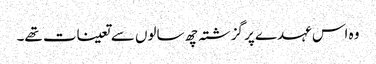
وہ اس عہدے پر گزشتہ چھ سالوں سے تعینات تھے۔